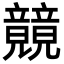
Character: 竸